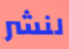
لنشر